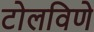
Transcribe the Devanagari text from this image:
टोलविणे